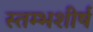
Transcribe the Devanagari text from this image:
स्तम्भशीर्ष